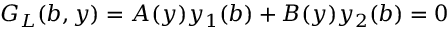
G _ { L } ( b , y ) = A ( y ) y _ { 1 } ( b ) + B ( y ) y _ { 2 } ( b ) = 0